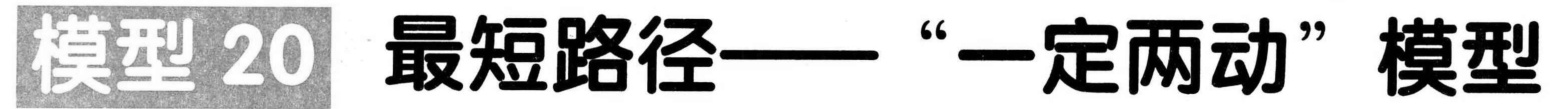
模型 20 最短路径——“一定两动”模型